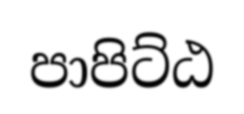
පාපිට්ඨ